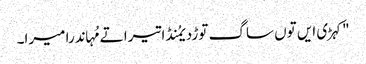
"کہڑی ایں توں ساگ توڑدیمُنڈا تیرا تے مُہاندرا میرا۔